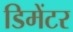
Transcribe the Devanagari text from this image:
डिमेंटर